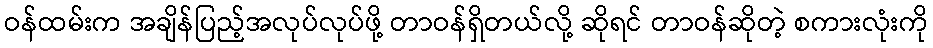
ဝန်ထမ်းက အချိန်ပြည့်အလုပ်လုပ်ဖို့ တာဝန်ရှိတယ်လို့ ဆိုရင် တာဝန်ဆိုတဲ့ စကားလုံးကို